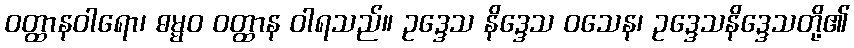
ဝတ္ထာနဝါရော၊ ဓမ္မဝ ဝတ္ထာန ဝါရသည်။ ဥဒ္ဒေသ နိဒ္ဒေသ ဝသေန၊ ဥဒ္ဒေသနိဒ္ဒေသတို့၏